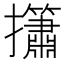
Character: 𢹱